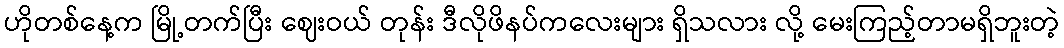
ဟိုတစ်နေ့က မြို့တက်ပြီး ဈေးဝယ် တုန်း ဒီလိုဖိနပ်ကလေးများ ရှိသလား လို့ မေးကြည့်တာမရှိဘူးတဲ့